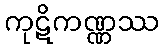
ကုဋိကဏ္ဏဿ